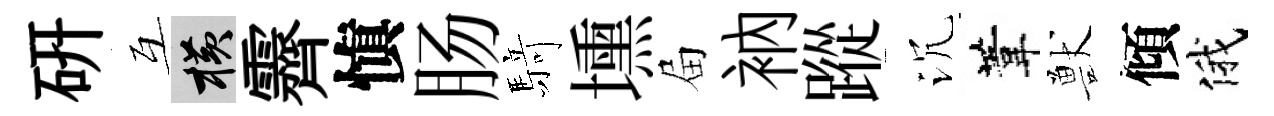
硏互横霽愼肠𮪍壎屇衲蹤沉葦獸傾俄